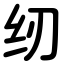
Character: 纫